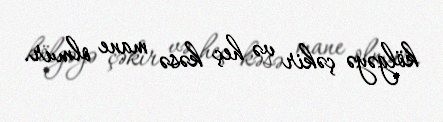
kölgəyə çəkir və heç kəsə mane olmur.